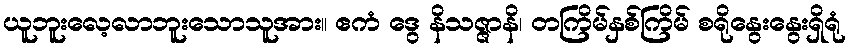
ယူဘူးလေ့လာဘူးသောသူအား။ ဧကံ ဒွေ နိသဇ္ဇာနိ၊ တကြိမ်နှစ်ကြိမ် စရိုနွေးနွေးရှိရုံ